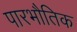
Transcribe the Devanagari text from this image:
पारभौतिक